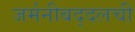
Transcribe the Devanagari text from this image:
जर्मनीबद्दलची